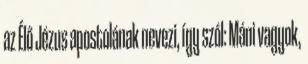
az Élő Jézus apostolának nevezi, így szól: Máni vagyok,